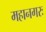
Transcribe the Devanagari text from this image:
महानगरः